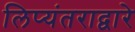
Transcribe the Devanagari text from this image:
लिप्यंतराद्वारे